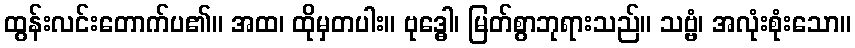
ထွန်းလင်းတောက်ပ၏။ အထ၊ ထိုမှတပါး။ ဗုဒ္ဓေါ၊ မြတ်စွာဘုရားသည်။ သဗ္ဗံ၊ အလုံးစုံးသော။